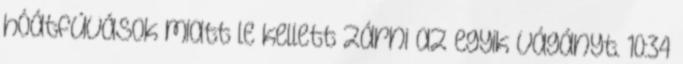
hóátfúvások miatt le kellett zárni az egyik vágányt. 10:34